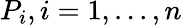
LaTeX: P_{i},i=1,...,n